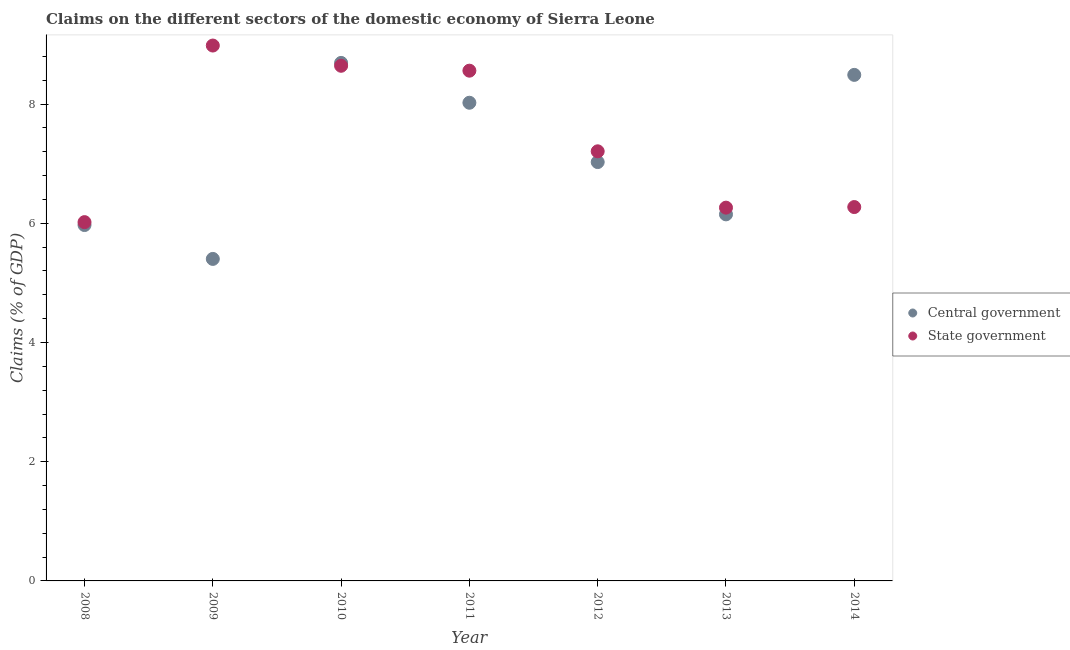
| Year | Central government | State government |
 | --- | --- | --- |
 | 2008 | 5.97 | 6.02 |
 | 2009 | 5.4 | 8.98 |
 | 2010 | 8.69 | 8.64 |
 | 2011 | 8.02 | 8.56 |
 | 2012 | 7.03 | 7.21 |
 | 2013 | 6.15 | 6.26 |
 | 2014 | 8.49 | 6.27 |